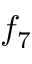
f _ { 7 }